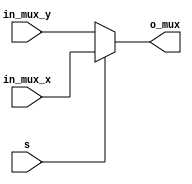
module mux_2to1 (
    input in_mux_x, in_mux_y, s, output reg o_mux
);
    always @(*) begin
        if(s)
            o_mux = in_mux_x;
        else
            o_mux = in_mux_y;
    end
    
endmodule